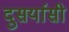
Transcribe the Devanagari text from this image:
दुसर्यासी